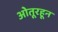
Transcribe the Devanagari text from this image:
ओतूरहून